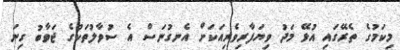
މިކަމުގެ ތެރޭގައި އުޅޭ މަދު ވިޔަފާރިވެރިއަކަށް އެނގުނަސް އެ ސުވާލުތަކުގެ ޖަވާބު ގިނަ